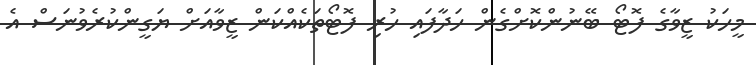
މީހަކު ޒީވާގެ ފޮޓޯ ބޭނުންކޮށްގެން ހަދާފައި ހުރި ފޮޓޯތަކެއްކަން ޒީވާއަށް ޔަގީންކުރެވުނަސް އެ